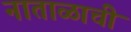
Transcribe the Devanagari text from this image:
नाताळाची